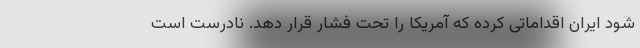
شود ایران اقداماتی کرده که آمریکا را تحت فشار قرار دهد. نادرست است